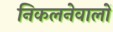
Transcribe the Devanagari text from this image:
निकलनेवालों